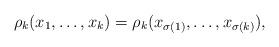
LaTeX: \begin{align*}\rho_k(x_1, \ldots, x_k) = \rho_k(x_{\sigma(1)}, \ldots, x_{\sigma(k)}),\end{align*}